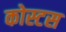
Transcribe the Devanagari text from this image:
कोस्टस